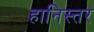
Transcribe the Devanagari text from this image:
हानिस्तर